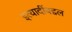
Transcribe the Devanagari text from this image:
इत्यादींबद्दल